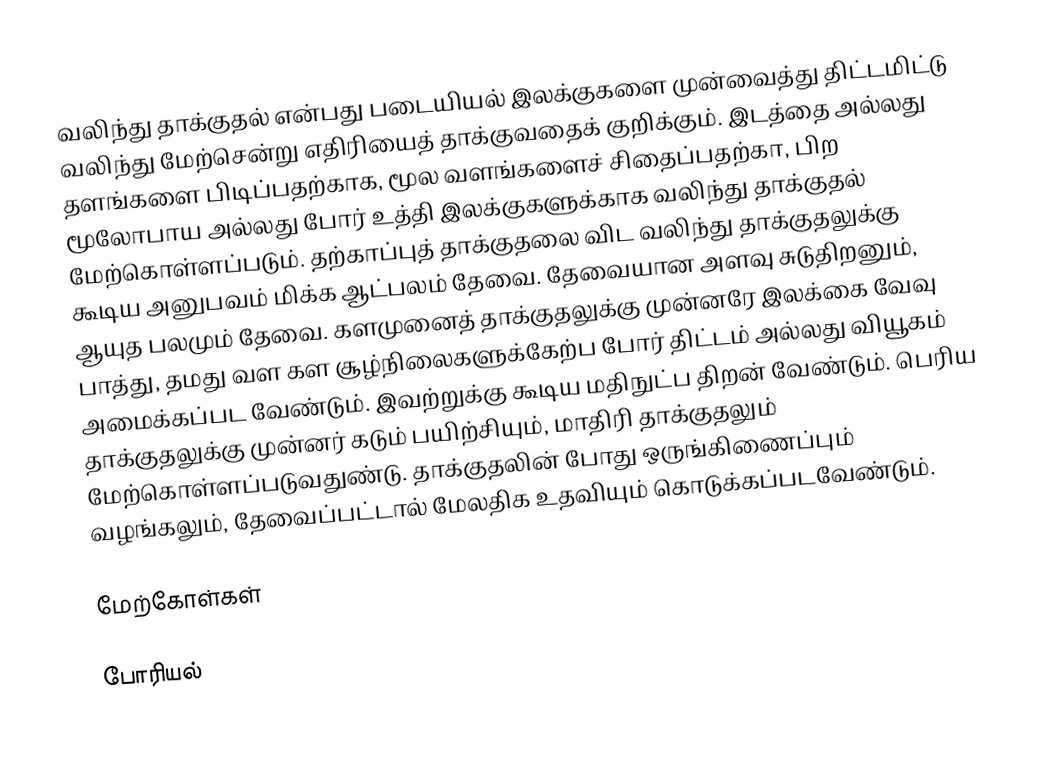
வலிந்து தாக்குதல் என்பது படையியல் இலக்குகளை முன்வைத்து திட்டமிட்டு வலிந்து மேற்சென்று எதிரியைத் தாக்குவதைக் குறிக்கும். இடத்தை அல்லது தளங்களை பிடிப்பதற்காக, மூல வளங்களைச் சிதைப்பதற்கா, பிற மூலோபாய அல்லது போர் உத்தி இலக்குகளுக்காக வலிந்து தாக்குதல் மேற்கொள்ளப்படும். தற்காப்புத் தாக்குதலை விட வலிந்து தாக்குதலுக்கு கூடிய அனுபவம் மிக்க ஆட்பலம் தேவை. தேவையான அளவு சுடுதிறனும், ஆயுத பலமும் தேவை. களமுனைத் தாக்குதலுக்கு முன்னரே இலக்கை வேவு பாத்து, தமது வள கள சூழ்நிலைகளுக்கேற்ப போர் திட்டம் அல்லது வியூகம் அமைக்கப்பட வேண்டும். இவற்றுக்கு கூடிய மதிநுட்ப திறன் வேண்டும். பெரிய தாக்குதலுக்கு முன்னர் கடும் பயிற்சியும், மாதிரி தாக்குதலும் மேற்கொள்ளப்படுவதுண்டு. தாக்குதலின் போது ஒருங்கிணைப்பும் வழங்கலும், தேவைப்பட்டால் மேலதிக உதவியும் கொடுக்கப்படவேண்டும்.

மேற்கோள்கள்

போரியல்